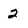
Character: 2